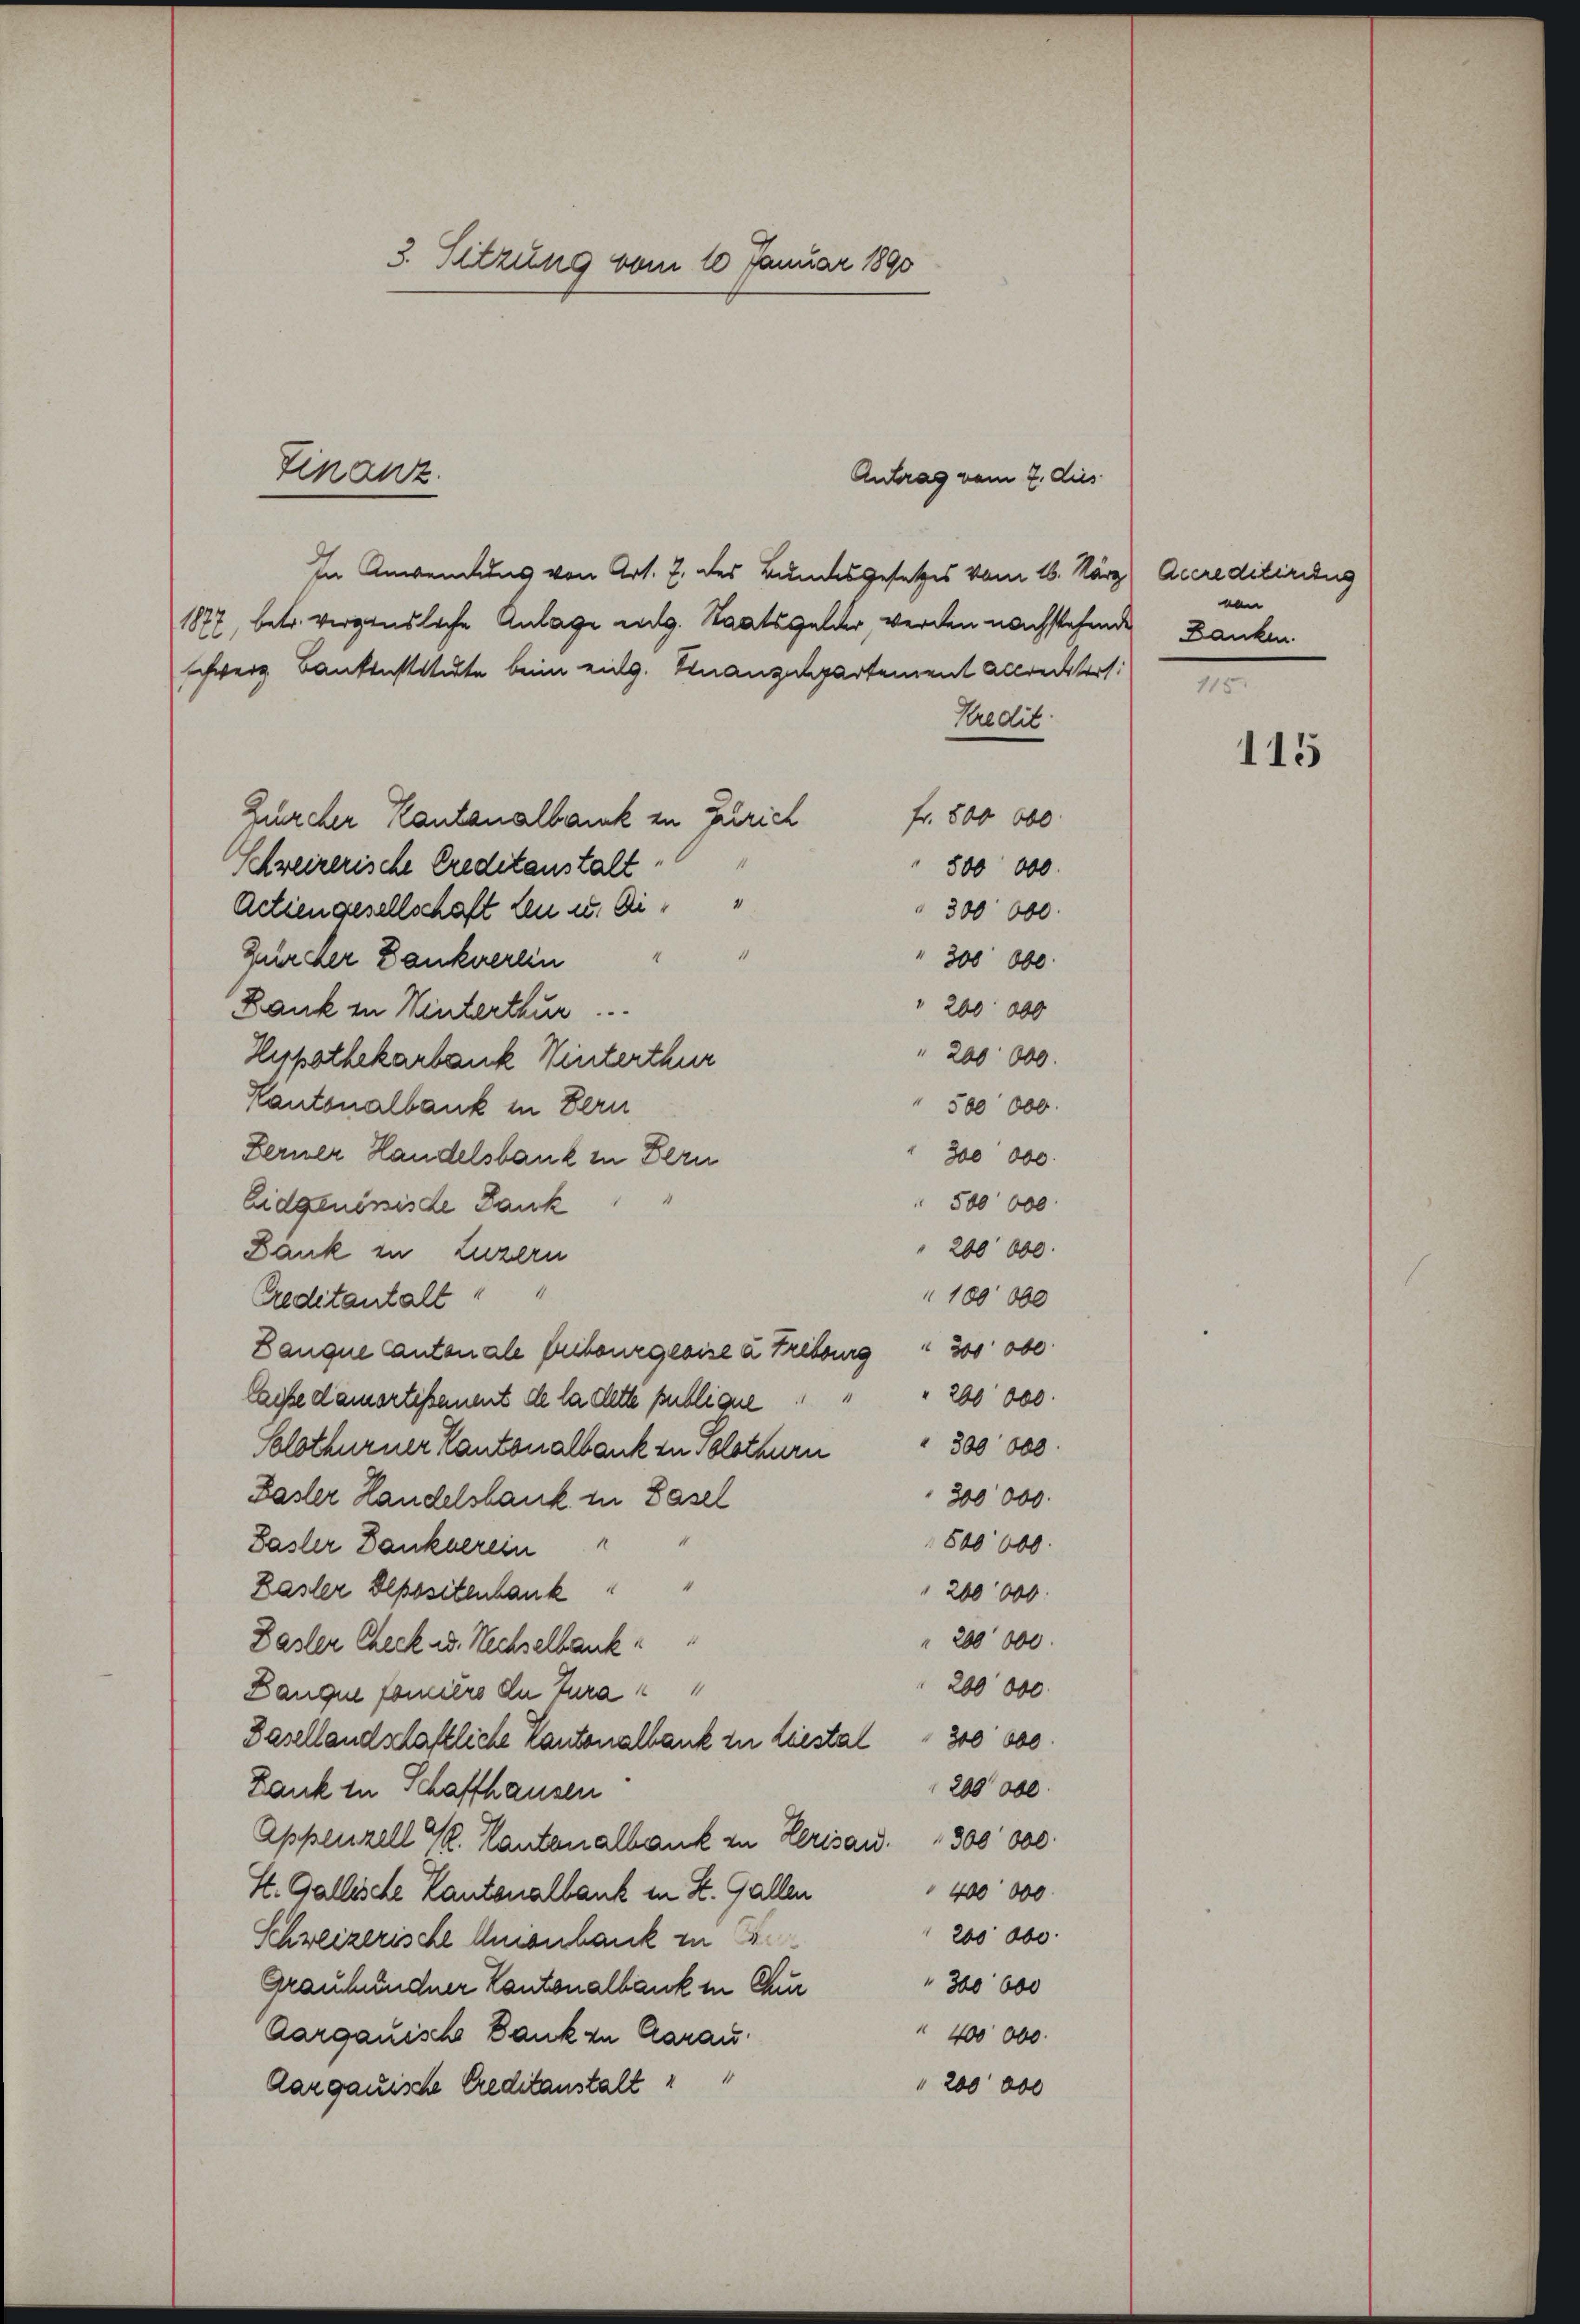
3. Sitzung vom 10 Januar 1890

In Anwendung von Art. 7. des Bundesgesetzes vom 16. März
1877, betr. vergensliche Anlage entg. Staatsgelder werden nachstehende Danken.
schweiz Bankenstitute beim eidg. Finanzdepartement accreckters
Kredit
fr. 800 000
Zürcher Kantonalbank in Zürich
Schweizerische Creditanstalt.
500 000
Actiengesellschaft den u. die
300 000.
4
Zürcher Dankverlin
" 300 000.
" 200 000
Dank in Winterthur.
" 200 000.
Hypothekarbank Winterthur
Kantonalbank in Bern
500 000.
Ferner Handelsbank in Bern
300 000
500 000
Eidgenössiste Dank
200 000.
Bank in Luzern
10000
Creditantalt " "
Danque Cantonale Erbourgeoise à Freiburg " 300 obe
200 000
lasse damortissement de la dette publique
Solothurner Kantonalbank zu Solothurn " 300 000
300000
Basler Handelsbank in Basel
800000
Basler Dankverein
Basler Depositenbank
200000
 200 000
Dasler Check u. Nachselbank.
200 000
Banque fonciers de Tura
Dasellandschaftliche Kantonalbank zu diestal " 300000.
200 000
Dank in Schaffhausen
Appenzell Sr. Kantonalbank zu Herisau. 1300 000
400 000
St. Gallische Kantonalbank in St. Gallen
200 be
Schweizerische Anienbank in B
" 300 000
Graubündner Kantonalbank in Chur
400 000.
Aargauische Dank zu Carau
Aargauische Creditanstalt
 200 000

Finanz

Antrag vom 2. dies

Accreditirung
von
115

115